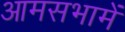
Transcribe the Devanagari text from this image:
आमसभामें